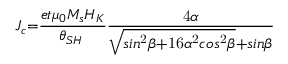
J _ { c } \mathrm { = } \frac { e t { \mu } _ { 0 } M _ { s } H _ { K } } { { \theta } _ { S H } \mathrm { \hslash } } \frac { \mathrm { 4 } \alpha } { \sqrt { s i n ^ { \mathrm { 2 } } \beta \mathrm { + 1 6 } { \alpha } ^ { \mathrm { 2 } } c o s ^ { \mathrm { 2 } } \beta } \mathrm { + } s i n \beta }